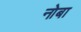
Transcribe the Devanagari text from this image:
नोबा